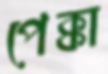
পেক্কা